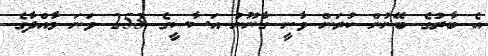
އެ ބާރުގެ ބޭނުން ކުރަން ވާނީ ގާނޫނު އަސާސީގެ 253 ވަނަ މާއްދާގެ